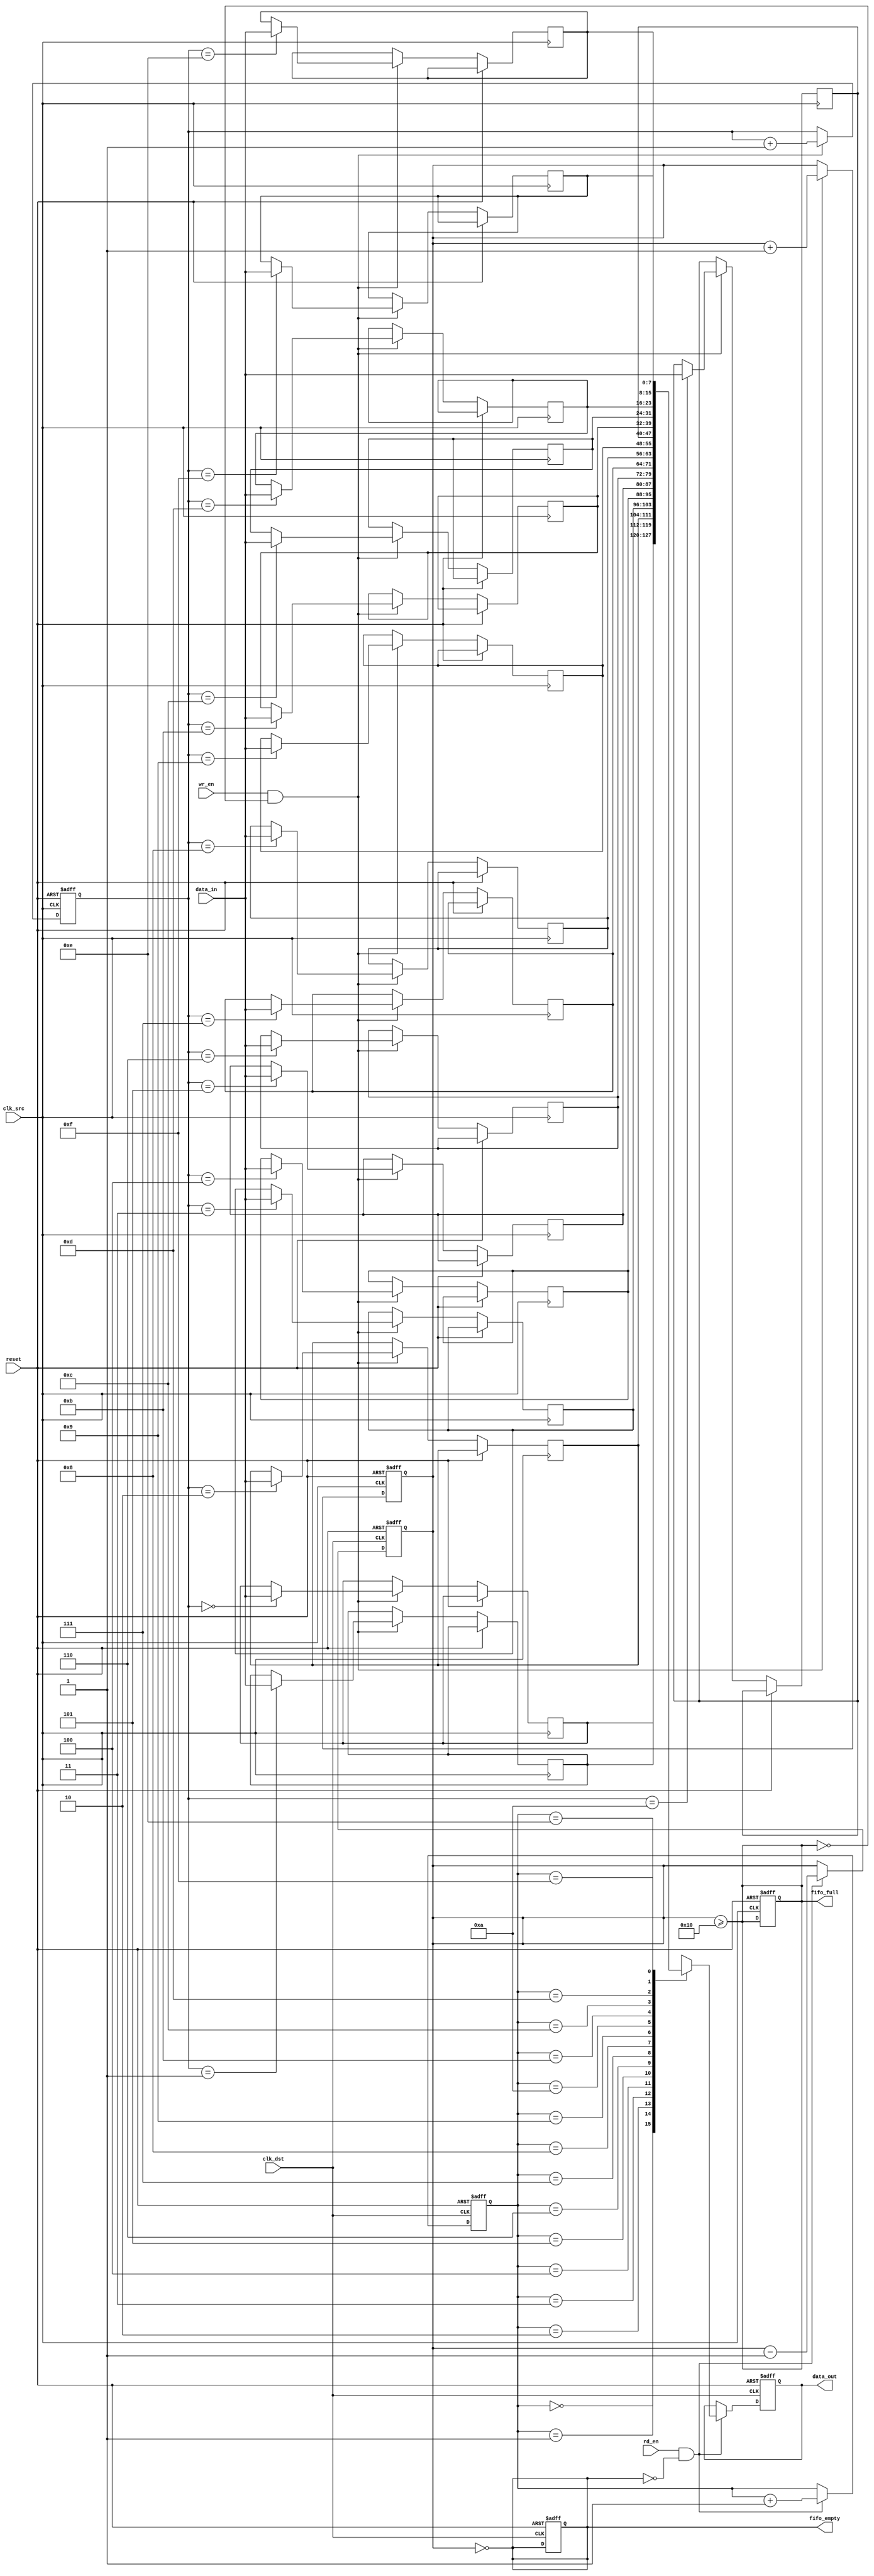
module fifo_sync #(
    parameter DATA_WIDTH = 8,      // Width of the data bus
    parameter FIFO_DEPTH = 16       // Depth of the FIFO
)(
    input wire               clk_src,    // Source clock
    input wire               clk_dst,    // Destination clock
    input wire               reset,      // Asynchronous reset
    input wire [DATA_WIDTH-1:0] data_in, // Data input from source clock domain
    input wire               wr_en,      // Write enable signal
    input wire               rd_en,      // Read enable signal
    output reg [DATA_WIDTH-1:0] data_out, // Data output to destination clock domain
    output reg               fifo_full,  // FIFO full flag
    output reg               fifo_empty  // FIFO empty flag
);

    // FIFO memory
    reg [DATA_WIDTH-1:0] fifo_mem[FIFO_DEPTH-1:0];
    
    // Write and Read pointers
    reg [clog2(FIFO_DEPTH)-1:0] wr_ptr = 0;
    reg [clog2(FIFO_DEPTH)-1:0] rd_ptr = 0;
    
    // Calculate the number of elements in the FIFO
    reg [clog2(FIFO_DEPTH):0] fifo_count = 0;

    // Function to calculate logarithm base 2
    function integer clog2;
        input integer num;
        begin
            num = num - 1;
            for (clog2 = 0; num > 0; clog2 = clog2 + 1)
                num = num >> 1;
        end
    endfunction

    // Write operation in source clock domain
    always @(posedge clk_src or posedge reset) begin
        if (reset) begin
            wr_ptr <= 0;
            fifo_count <= 0;
            fifo_full <= 0;
        end else if (wr_en && !fifo_full) begin
            fifo_mem[wr_ptr] <= data_in;
            wr_ptr <= wr_ptr + 1;
            fifo_count <= fifo_count + 1;
        end
    end

    // Read operation in destination clock domain
    always @(posedge clk_dst or posedge reset) begin
        if (reset) begin
            rd_ptr <= 0;
            fifo_count <= 0;
            data_out <= 0;
            fifo_empty <= 1;
        end else if (rd_en && !fifo_empty) begin
            data_out <= fifo_mem[rd_ptr];
            rd_ptr <= rd_ptr + 1;
            fifo_count <= fifo_count - 1;
        end
    end

    // Update full and empty flags
    always @(*) begin
        fifo_full = (fifo_count >= FIFO_DEPTH);
        fifo_empty = (fifo_count == 0);
    end

endmodule